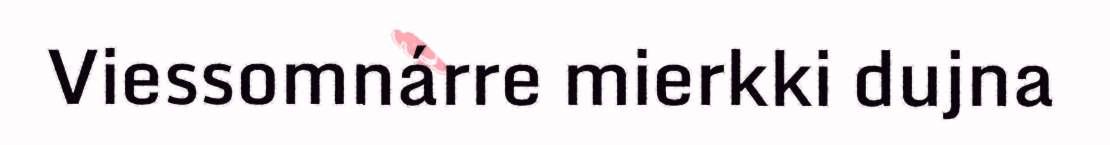
Viessomnárre mierkki dujna